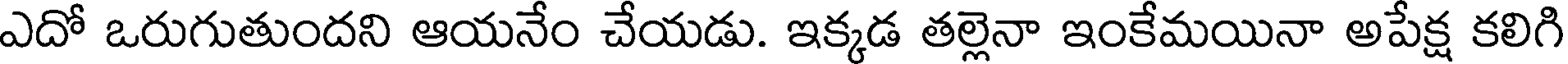
ఎదో ఒరుగుతుందని ఆయనేం చేయడు. ఇక్కడ తల్లెనా ఇంకేమయినా అపేక్ష కలిగి